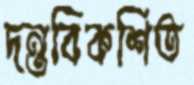
দন্তবিকশিত